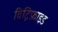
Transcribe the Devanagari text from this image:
विट्रिफ़ाइड